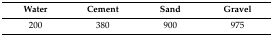
| Water | Cement | Sand | Gravel |
 | --- | --- | --- | --- |
 | 200 | 380 | 900 | 975 |